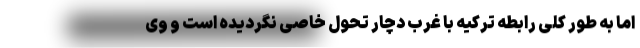
اما به طور کلی رابطه ترکیه با غرب دچار تحول خاصی نگردیده است و وی